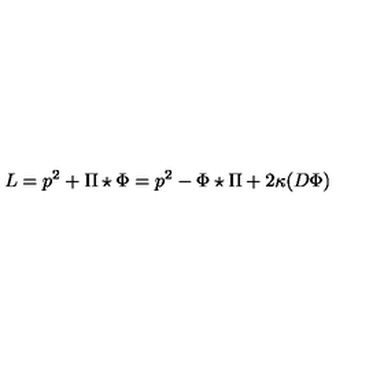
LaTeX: L = p ^ { 2 } + \Pi \star \Phi = p ^ { 2 } - \Phi \star \Pi + 2 \kappa ( D \Phi )